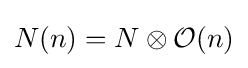
N(n)=N\otimes {\mathcal {O}}(n)